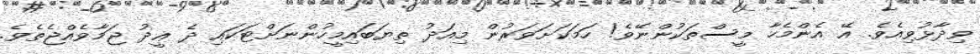
ވިދާޅުވިއެވެ. އޭ އެންމެހާ މީސްތަކުންނޭވެ! ހަމަކަށަވަރުން މިއަދު ތިޔަބައިމީހުންނަށްޓަކައި ދެ ޢީދު ޖަމާވެއްޖެތެވެ.